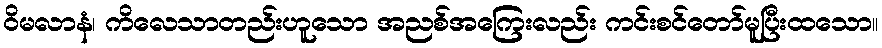
ဝိမလာနံ၊ ကိလေသာတည်းဟူသော အညစ်အကြေးလည်း ကင်းစင်တော်မူပြီးထသော။